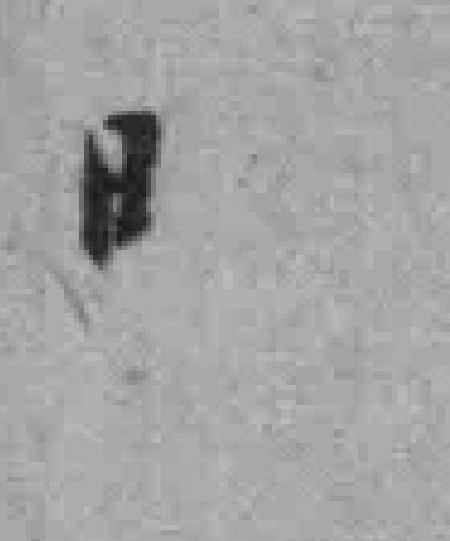
日